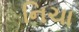
નિચા